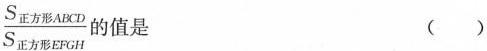
\frac{S_{正方形ABCD}}{S_{正方形EFGH}}的值是 （）